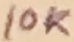
Text: 10K